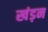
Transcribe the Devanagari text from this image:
खंड़न